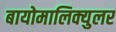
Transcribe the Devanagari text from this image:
बायोमालिक्युलर